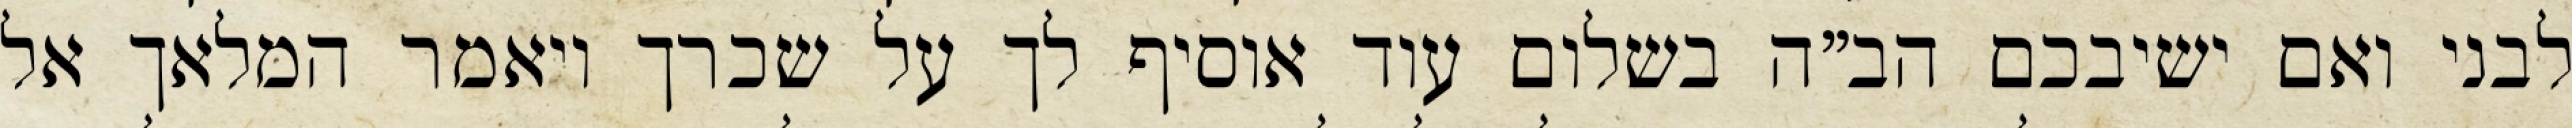
לבני ואם ישיבכם הב”ה בשלום עוד אוסיף לך על שכרך ויאמר המלאך אל